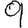
Digit: 9